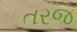
તરજ